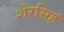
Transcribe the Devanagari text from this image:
शेरसिहं